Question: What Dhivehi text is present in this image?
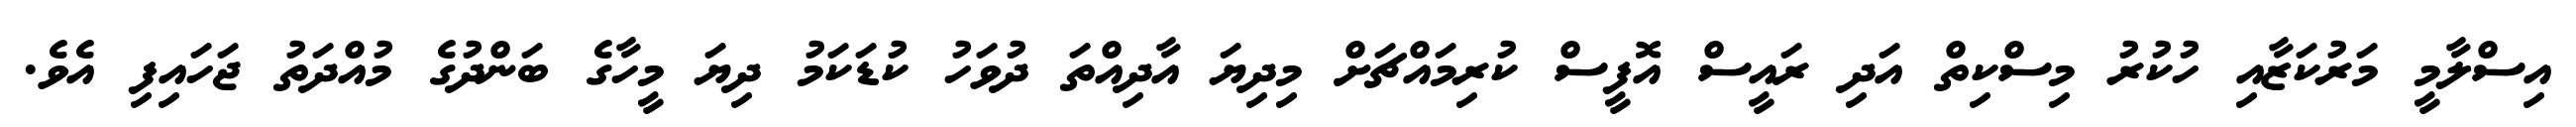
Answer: އިސްލާމީ މަރުކަޒާއި ހުކުރު މިސްކިތް އަދި ރައީސް އޮފީސް ކުރިމައްޗަށް މިދިޔަ އާދިއްތަ ދުވަހު ކުޑަކަމު ދިޔަ މީހާގެ ބަންދުގެ މުއްދަތު ޖަހައިފި އެވެ.